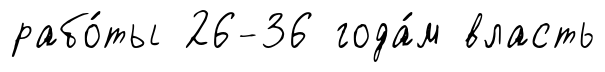
рабо́ты 26-36 года́м власть